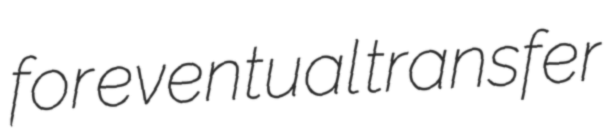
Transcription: for eventual transfer